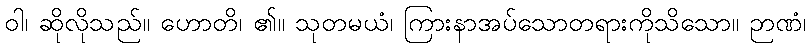
ဝါ၊ ဆိုလိုသည်။ ဟောတိ၊ ၏။ သုတမယံ၊ ကြားနာအပ်သောတရားကိုသိသော။ ဉာဏံ၊